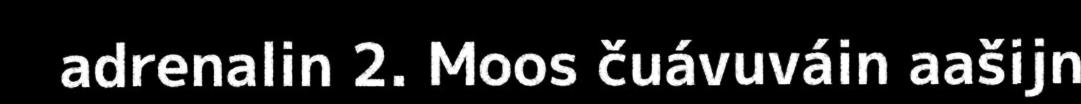
adrenalin 2. Moos čuávuváin aašijn